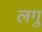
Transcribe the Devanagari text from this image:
लगु